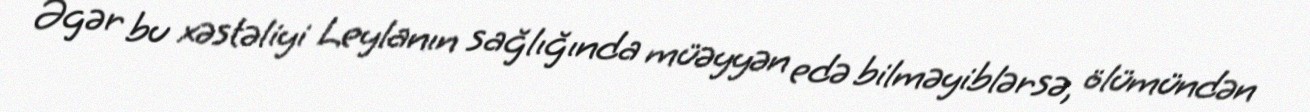
Əgər bu xəstəliyi Leylanın sağlığında müəyyən edə bilməyiblərsə, ölümündən